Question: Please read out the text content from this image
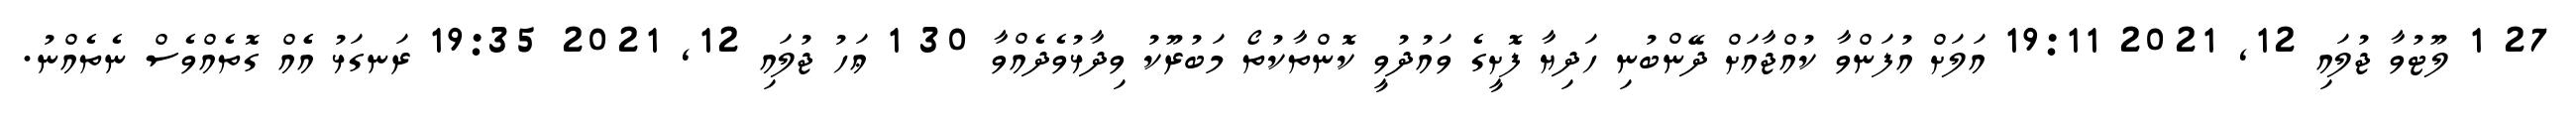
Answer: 27 1 ލޫޓުވާ ޖުލައި 12, 2021 19:11 އަލަށް އުފަންވާ ކުއްޖާއަށް ދޭންބުނި ހަދިޔާ ފޮށީގެ ވައުދުވީ ކޮންތާކުތޯ މަބުރޫކު ވިދާޅުވެދެއްވާ 30 1 ޢަހު ޖުލައި 12, 2021 19:35 ރަނގަޅު އެެއް ގޮތެއްވެސް ނެތެއްނު.